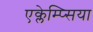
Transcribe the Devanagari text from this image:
एक्लेम्प्सिया